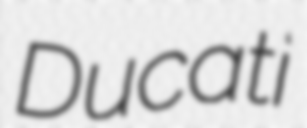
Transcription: Ducati